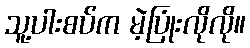
သူ့ပါးစပ်က မဲ့ပြုံးလိုလို။